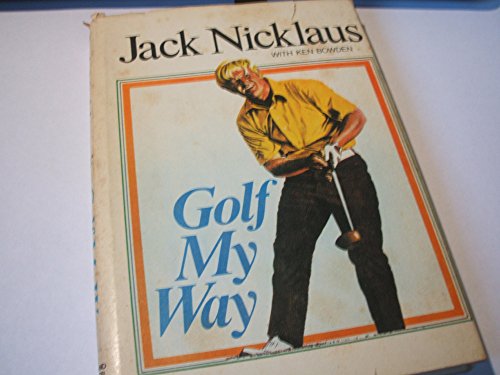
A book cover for Golf My Way; Jack Nicklaus; Sports & Outdoors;